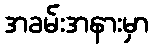
အခမ်းအနားမှာ